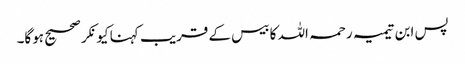
پس ابن تیمیہ رحمہ اللہ کا بیس کے قریب کہنا کیونکر صحیح ہوگا۔